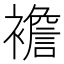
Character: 襜